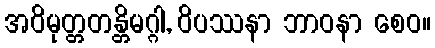
အဝိမုတ္တတန္တိမဂ္ဂါ, ဝိပဿနာ ဘာဝနာ စေဝ။